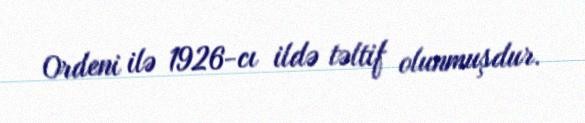
Ordeni ilə 1926-cı ildə təltif olunmuşdur.